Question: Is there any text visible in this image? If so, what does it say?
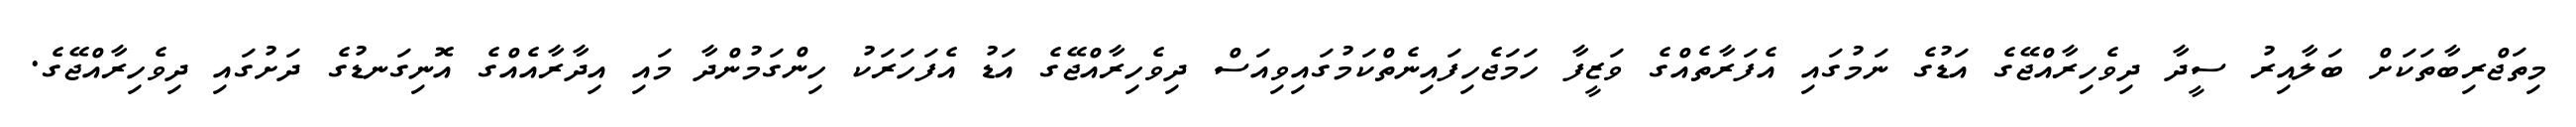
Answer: މިތަޖްރިބާތަކަށް ބަލާއިރު ސީދާ ދިވެހިރާއްޖޭގެ އަޑުގެ ނަމުގައި އެފަރާތެއްގެ ވަޒީފާ ހަމަޖެހިފައިނެތްކަމުގައިވިއަސް ދިވެހިރާއްޖޭގެ އަޑު އެފަހަރަކު ހިންގަމުންދާ މައި އިދާރާއެއްގެ އޮނިގަނޑުގެ ދަށުގައި ދިވެހިރާއްޖޭގެ.